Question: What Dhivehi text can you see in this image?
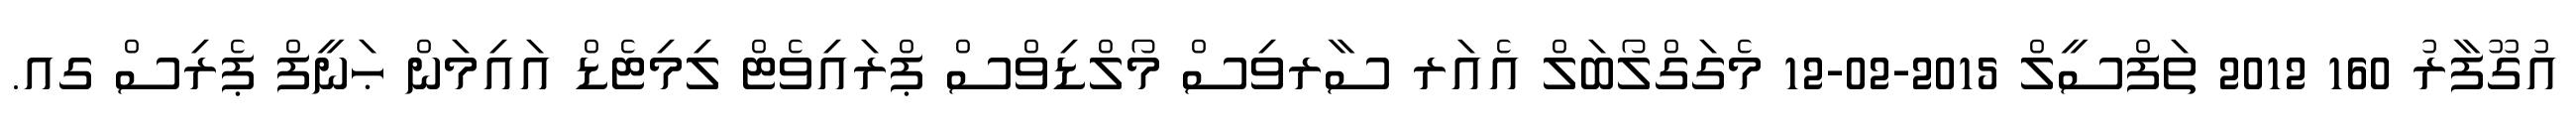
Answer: އުގޫފާރު 160 2012 ތަފްސީލް 2015-02-12 މެގަގްލޯބަލް އެއަރ ސާރވިސް މޯލްޑިވްސް ޕްރައިވެޓް ލިމިޓެޑް އައިމަން ޙަނީފް ޕެރިސް ގއ.